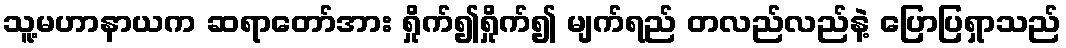
သူ့မဟာနာယက ဆရာတော်အား ရှိုက်၍ရှိုက်၍ မျက်ရည် တလည်လည်နဲ့ ပြောပြရှာသည်